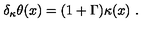
\delta _ { \kappa } \theta ( x ) = ( 1 + \Gamma ) \kappa ( x ) \ .